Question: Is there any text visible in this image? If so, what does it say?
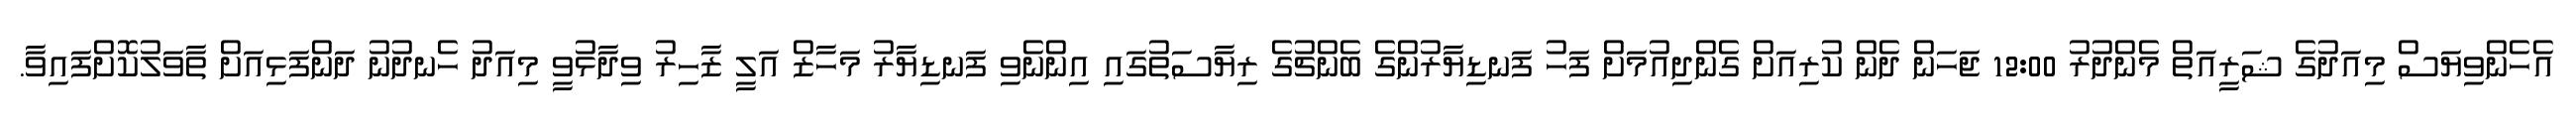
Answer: އެހެންވިޔަސް މިއަދުގެ ޝަރީއަތް މެންދުރު 12:00 ޖަހަން ދެން ކުރިއަށް ގެންދިއުމަށް ފަހު ފަނޑިޔާރުންގެ ބެންޗުގެ ރިޔާސަތުގައި އިންނެވި ފަނޑިޔާރު މަހާޒް އަލީ ޒާހިރު ވިދާޅުވީ މިއަދު ހެނދުނު ދަންފަޅިއަށް ތާވަލުކޮށްފައިވާ.